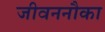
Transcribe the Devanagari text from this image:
जीवननौका